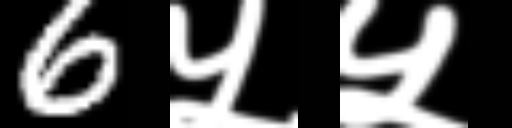
Text: 6५५